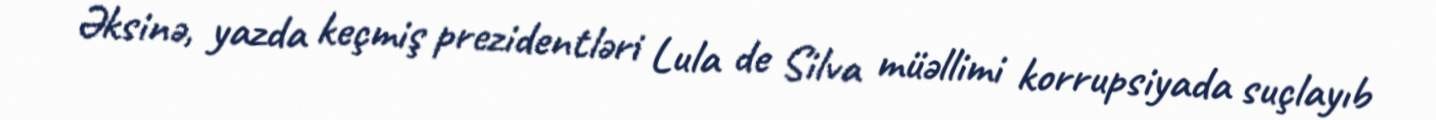
Əksinə, yazda keçmiş prezidentləri Lula de Silva müəllimi korrupsiyada suçlayıb